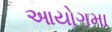
આયોગમા